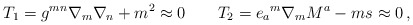
\begin{align*}T_1=g^{mn}\nabla _m\nabla _n+m^2\approx 0\qquad T_2={e_a}^m \nabla _mM^a-ms\approx 0\,, \end{align*}